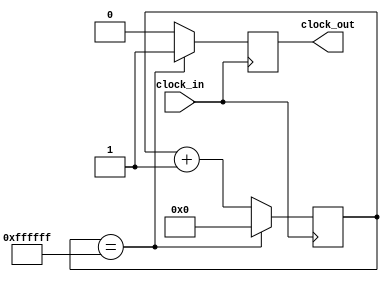
module reducer

(
	clock_in,
	clock_out
);

input wire clock_in;
output wire clock_out;

reg [31:0] cont;
reg out;
localparam    _plus1 = 32'b00000000000000000000000000000001;

initial
	begin
		cont = 32'b0;
		out = 0;
	end

always @(posedge clock_in)
begin
	if (cont == 32'b00000000111111111111111111111111) begin
		cont = 32'b0;
		out = 1;
	end
	else begin
		cont = cont + _plus1;
		out = 0;
	end
end

assign clock_out = out;

endmodule